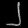
Digit: ၂